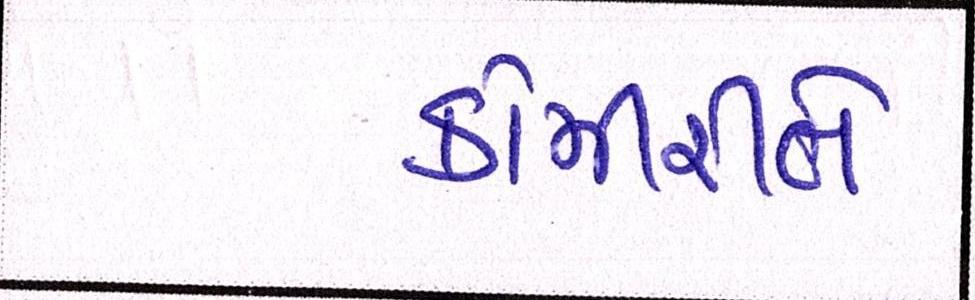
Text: કોમીરીતે